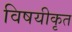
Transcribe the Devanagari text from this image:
विषयीकृत